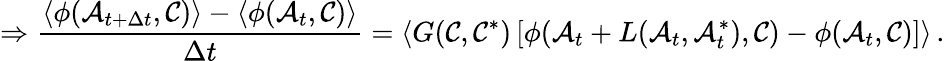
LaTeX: \Rightarrow\frac{\langle\phi(\mathcal{A}_{t+\Delta t},\mathcal{C})\rangle-\langle\phi(\mathcal{A}_{t},\mathcal{C})\rangle}{\Delta t}=\langle G(\mathcal{C},\mathcal{C}^{*})\left[\phi(\mathcal{A}_{t}+L(\mathcal{A}_{t},\mathcal{A}_{t}^{*}),\mathcal{C})-\phi(\mathcal{A}_{t},\mathcal{C})\right]\rangle\, .